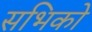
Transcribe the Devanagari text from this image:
सभिको